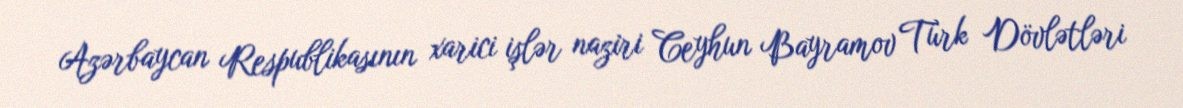
Azərbaycan Respublikasının xarici işlər naziri Ceyhun Bayramov Türk Dövlətləri